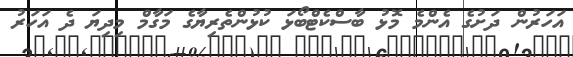
އަހަރުން ދަށުގެ އެންމެ މޮޅު ބާސްކެޓްބޯޅަ ކުޅުންތެރިޔާގެ މަގާމް މިދިޔަ ދެ އަހަރު